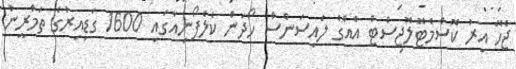
ޖެހޭ އިރު ކޮސްމެޓޮލޮޖިސްޓް އެއްގެ ލައިސަންސް ހޯދަން ކެލެފޯނިއާގައި 1600 ގަޑިއިރުގެ ތަމްރީނު